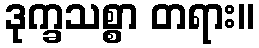
ဒုက္ခသစ္စာ တရား။